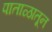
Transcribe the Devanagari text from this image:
पाताळातून